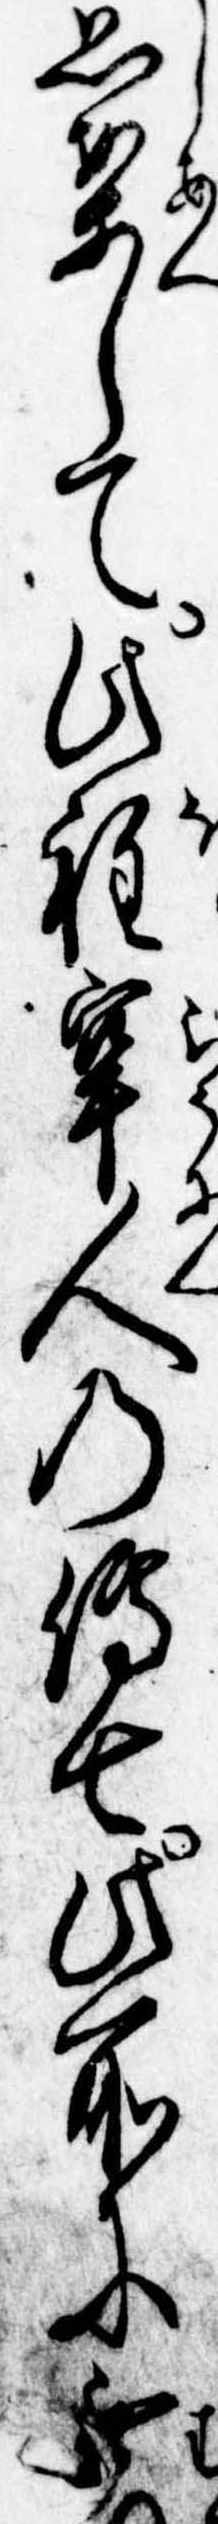
思案して此程牢人の伝七此所に無